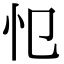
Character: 𢖭